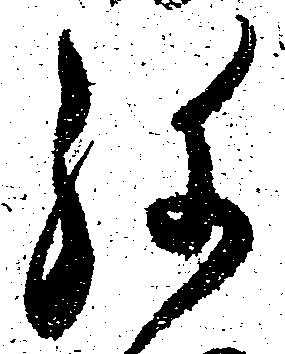
弥